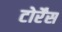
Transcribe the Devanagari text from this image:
टोर्रेंस